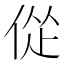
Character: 𫢴